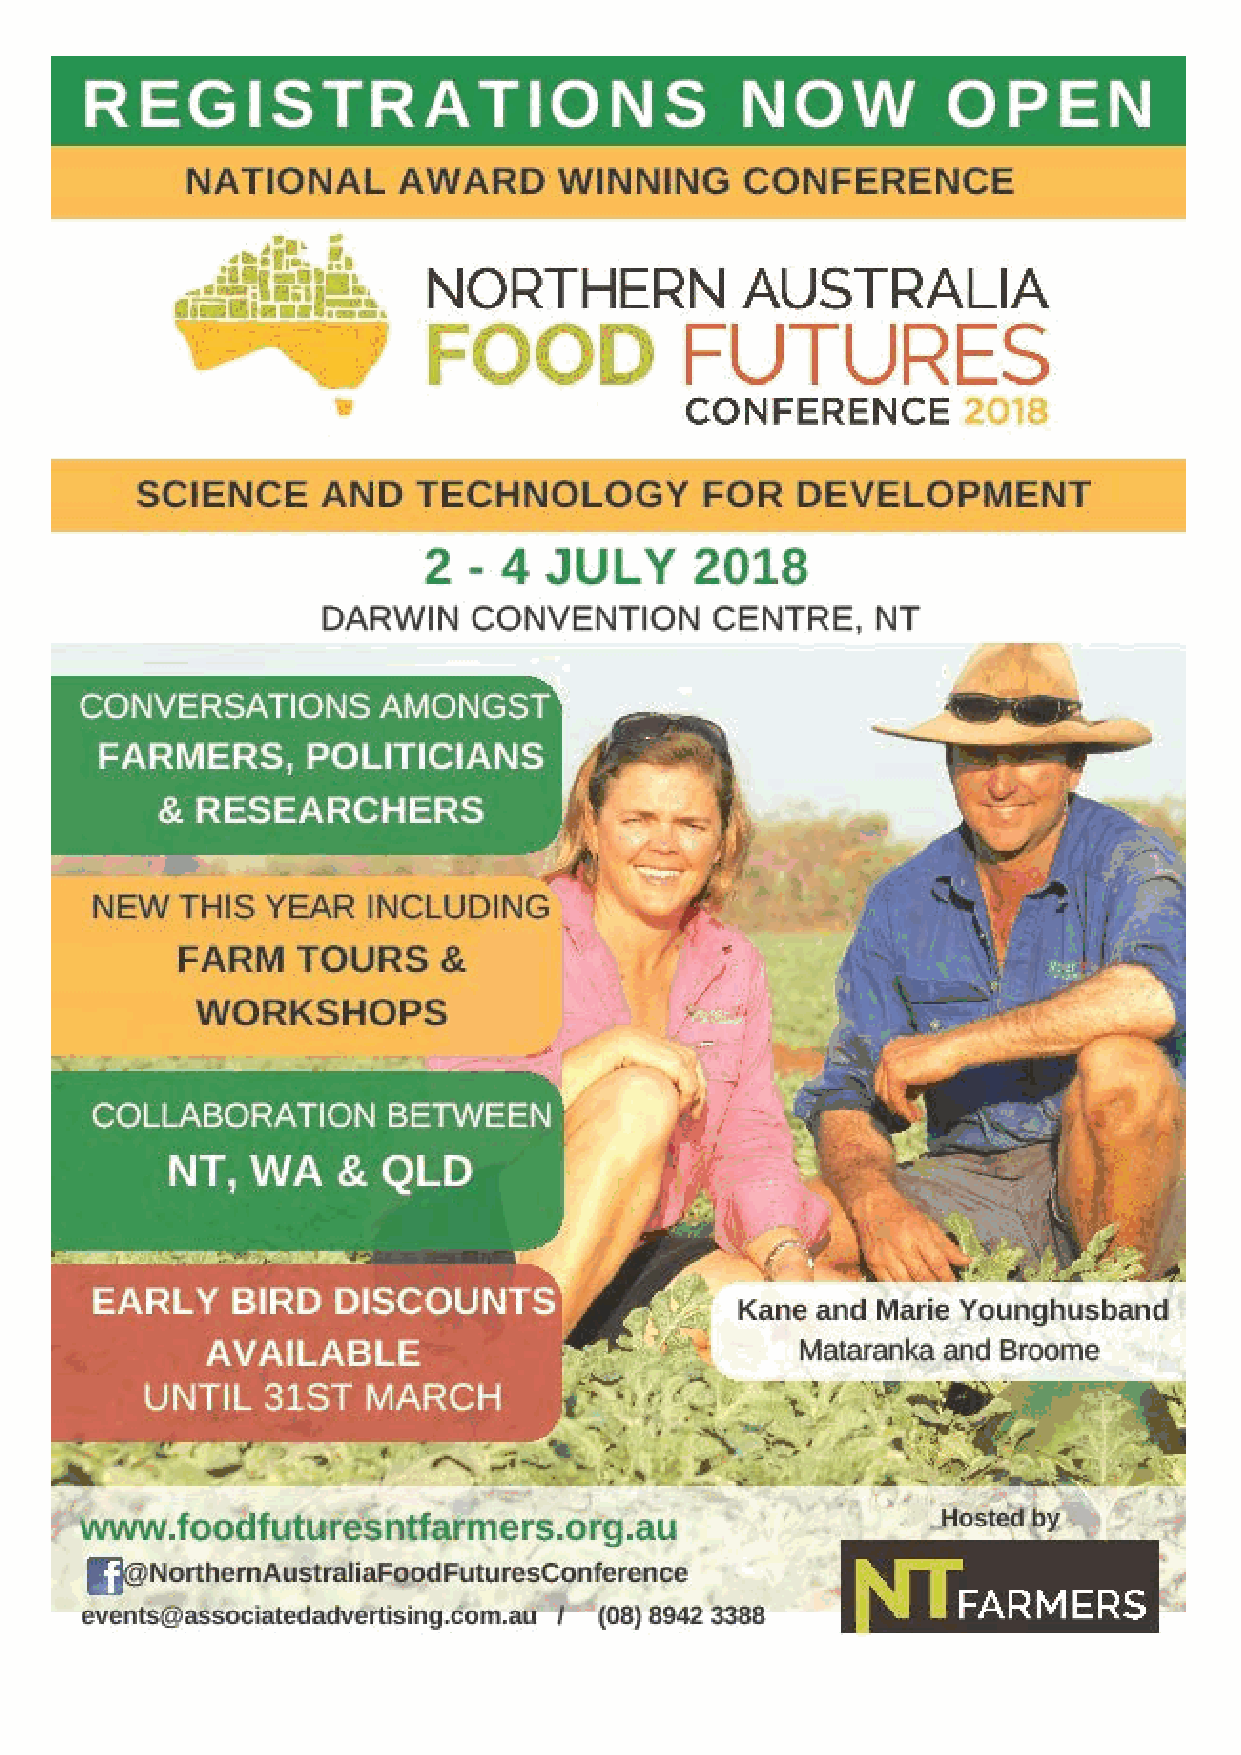
Food  Futures registration
 DEPARTMENT OF
 PRIMARY INDUSTRY AND RESOURCES                                 Page 15 of 26
 Top Paddock Newsletter